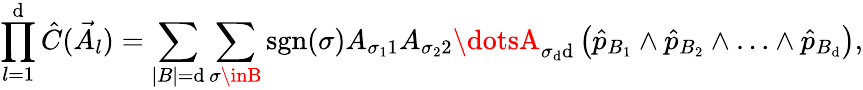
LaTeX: \prod_{l=1}^{\mathrm{d}}\hat{{C}}(\vec{{A}}_{l})=\sum_{|B|=\mathrm{d}}\sum_{\sigma\inB}\textrm{{sgn}}(\sigma)A_{\sigma_{1}1}A_{\sigma_{2}2}\dotsA_{\sigma_{\mathrm{d}}\mathrm{d}}\left(\hat{{p}}_{B_{1}}\wedge\hat{{p}}_{B_{2}}\wedge\ldots\wedge\hat{{p}}_{B_{\mathrm{d}}}\right),